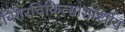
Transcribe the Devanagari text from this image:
बिगरचिकित्साशास्त्रीय